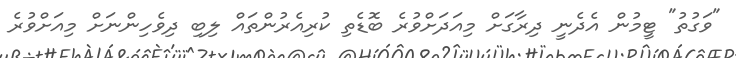
"ވަގުތު" ޓީމުން އެދެނީ ދިރާގަށް މިއަދަށްވުރެ ބޮޑެތި ކުރިއެރުންތައް ލިބި ދިވެހިންނަށް މިއަށްވުރެ